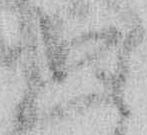
恐